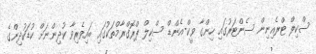
ސްކިލް ޓްރެއިނިން ސެންޓަރުގައި ހިންގާ ވީކް-އެންޑް ސްކިލް ޕްރޮގްރާމްތަކުގައި ބައިވެރިވާ ކުދިންނަށް ކުޑަކުދިންގެ